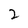
Character: 2